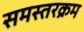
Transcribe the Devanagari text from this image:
समस्तरक्रम